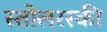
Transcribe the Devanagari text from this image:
स्तोलरस्की